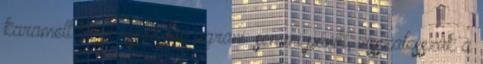
karamell kicsit össze fog ugrani: semmi pánik, visszatesszük a